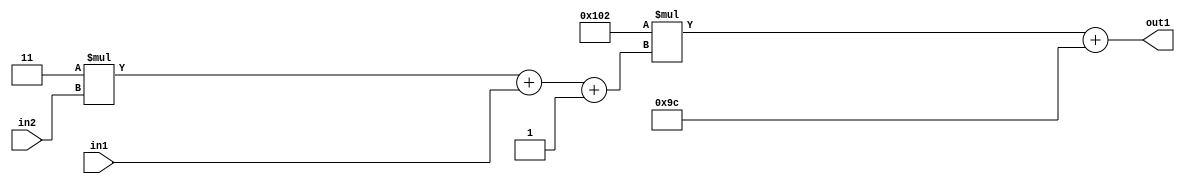
`timescale 1ps / 1ps
/*****************************************************************************
    Verilog RTL Description
    
    
    Created by: Stratus DpOpt 2019.1.01 
*******************************************************************************/

module DC_Filter_Add2i156Mul2i258Add3i1u1Mul2i3u2_1 (
	in2,
	in1,
	out1
	); /* architecture "behavioural" */ 
input [1:0] in2;
input  in1;
output [11:0] out1;
wire [11:0] asc001;
wire [3:0] asc002;

wire [3:0] asc002_tmp_0;
wire [3:0] asc002_tmp_1;
assign asc002_tmp_1 = 
	+(4'B0011 * in2);
assign asc002_tmp_0 = asc002_tmp_1
	+(in1);
assign asc002 = asc002_tmp_0
	+(4'B0001);

wire [11:0] asc001_tmp_2;
assign asc001_tmp_2 = 
	+(12'B000100000010 * asc002);
assign asc001 = asc001_tmp_2
	+(12'B000010011100);

assign out1 = asc001;
endmodule

/* CADENCE  vrP2TAE= : u9/ySgnWtBlWxVPRXgAZ4Og= ** DO NOT EDIT THIS LINE ******/